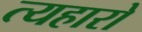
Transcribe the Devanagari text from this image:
त्यहारो